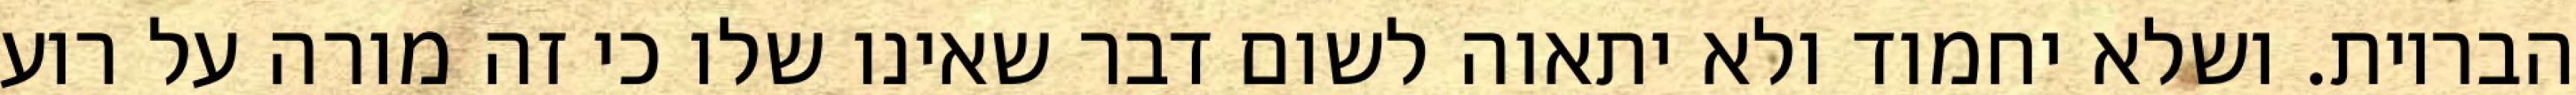
הבריות. ושלא יחמוד ולא יתאוה לשום דבר שאינו שלו כי זה מורה על רוע